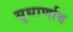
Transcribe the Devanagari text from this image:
सुधार्णाव